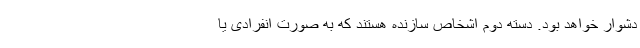
دشوار خواهد بود. دسته دوم اشخاص سازنده هستند که به صورت انفرادی یا